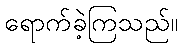
ရောက်ခဲ့ကြသည်။